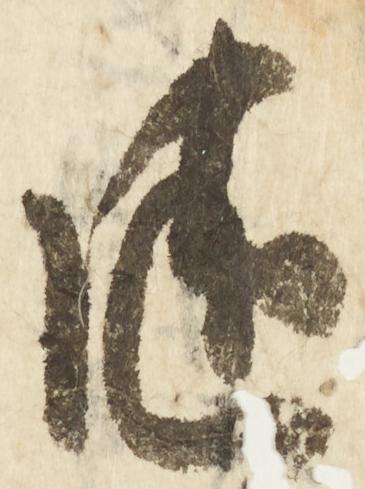
随